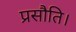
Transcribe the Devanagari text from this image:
प्रसौति।